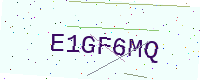
Text: E1GF6MQ